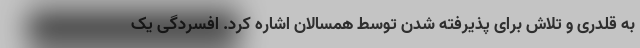
به قلدری و تلاش برای پذیرفته شدن توسط همسالان اشاره کرد. افسردگی یک